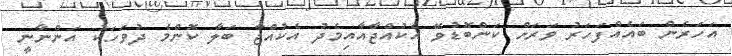
އަހަރެން ބައެއްފަހަރު ވަރަށް ކަންބޮޑުވޭ އެކުއްޖާއާއިމެދު އެކުއްޖާ ބަލާ ކޮންމެ ދުވަހަކު އަންނާނީ